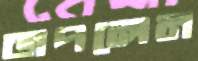
জপলেন